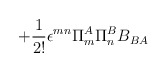
\begin{align*} +\frac{1}{2!} \epsilon^{mn} \Pi^A_m \Pi^B_n B_{BA} \,\end{align*}